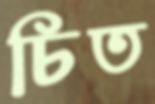
চিত